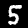
Digit: 5